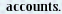
accounts.